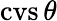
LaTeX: \operatorname{cvs}\theta